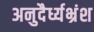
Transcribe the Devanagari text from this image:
अनुदैर्ध्यभ्रंश